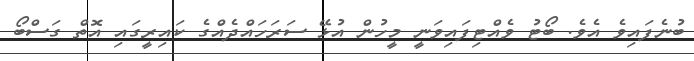
ބުނެފައިވެ އެވެ. ބޯޓު ވެއްޓިފައިވަނީ މީހުން އުޅޭ ސަރަހައްދެއްގެ ކައިރީގައި އޮތް ގަސްބޯ